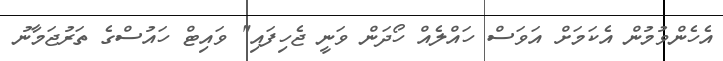
އެހެންވުމުން އެކަމަށް އަވަސް ހައްލެއް ހޯދަން ވަނީ ޖެހިފައި" ވައިޓް ހައުސްގެ ތަރުޖަމާނު